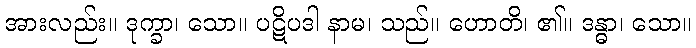
အားလည်း။ ဒုက္ခာ၊ သော။ ပဋိပဒါ နာမ၊ သည်။ ဟောတိ၊ ၏။ ဒန္ဓာ၊ သော။